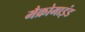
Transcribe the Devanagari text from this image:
मैक्रोमाइंड